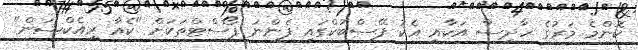
ކޮންމެ މަރުގެ ހާދިސާ އަކާއި އެކު ފޭސްބުކްގައި ފެންނަ ޕޯސްޓްތަކަށް "ކެއާ ރިއެކްޝަން"